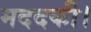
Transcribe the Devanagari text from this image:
मददकी।